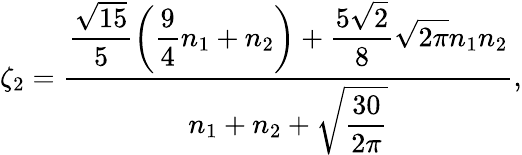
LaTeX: \zeta_{2}=\frac{\displaystyle\frac{\sqrt{15}}{5}\left(\frac{9}{4}n_{1}+n_{2}\right)+\frac{5\sqrt{2}}{8}\sqrt{2\pi}n_{1}n_{2}}{n_{1}+n_{2}+\displaystyle\sqrt{\frac{30}{2\pi}}},